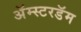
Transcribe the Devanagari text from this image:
अॅम्स्टरडॅम